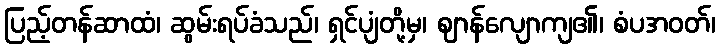
ပြည့်တန်ဆာထံ၊ ဆွမ်းရပ်ခံသည်၊ ရှင်ပျံတို့မှ၊ ဈာန်လျောကျ၏၊ စံပအဝတ်၊